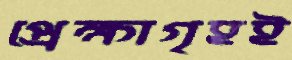
প্রেক্ষাগৃহই